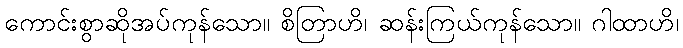
ကောင်းစွာဆိုအပ်ကုန်သော။ စိတြာဟိ၊ ဆန်းကြယ်ကုန်သော။ ဂါထာဟိ၊